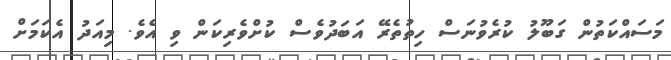
މަސައްކަތުން ގަބޫލު ކުރެވުނަސް ހިތުތެރޭ އަބަދުވެސް ކުށްވެރިކަން ވި އެވެ. މިއަދު އެކަމަށް